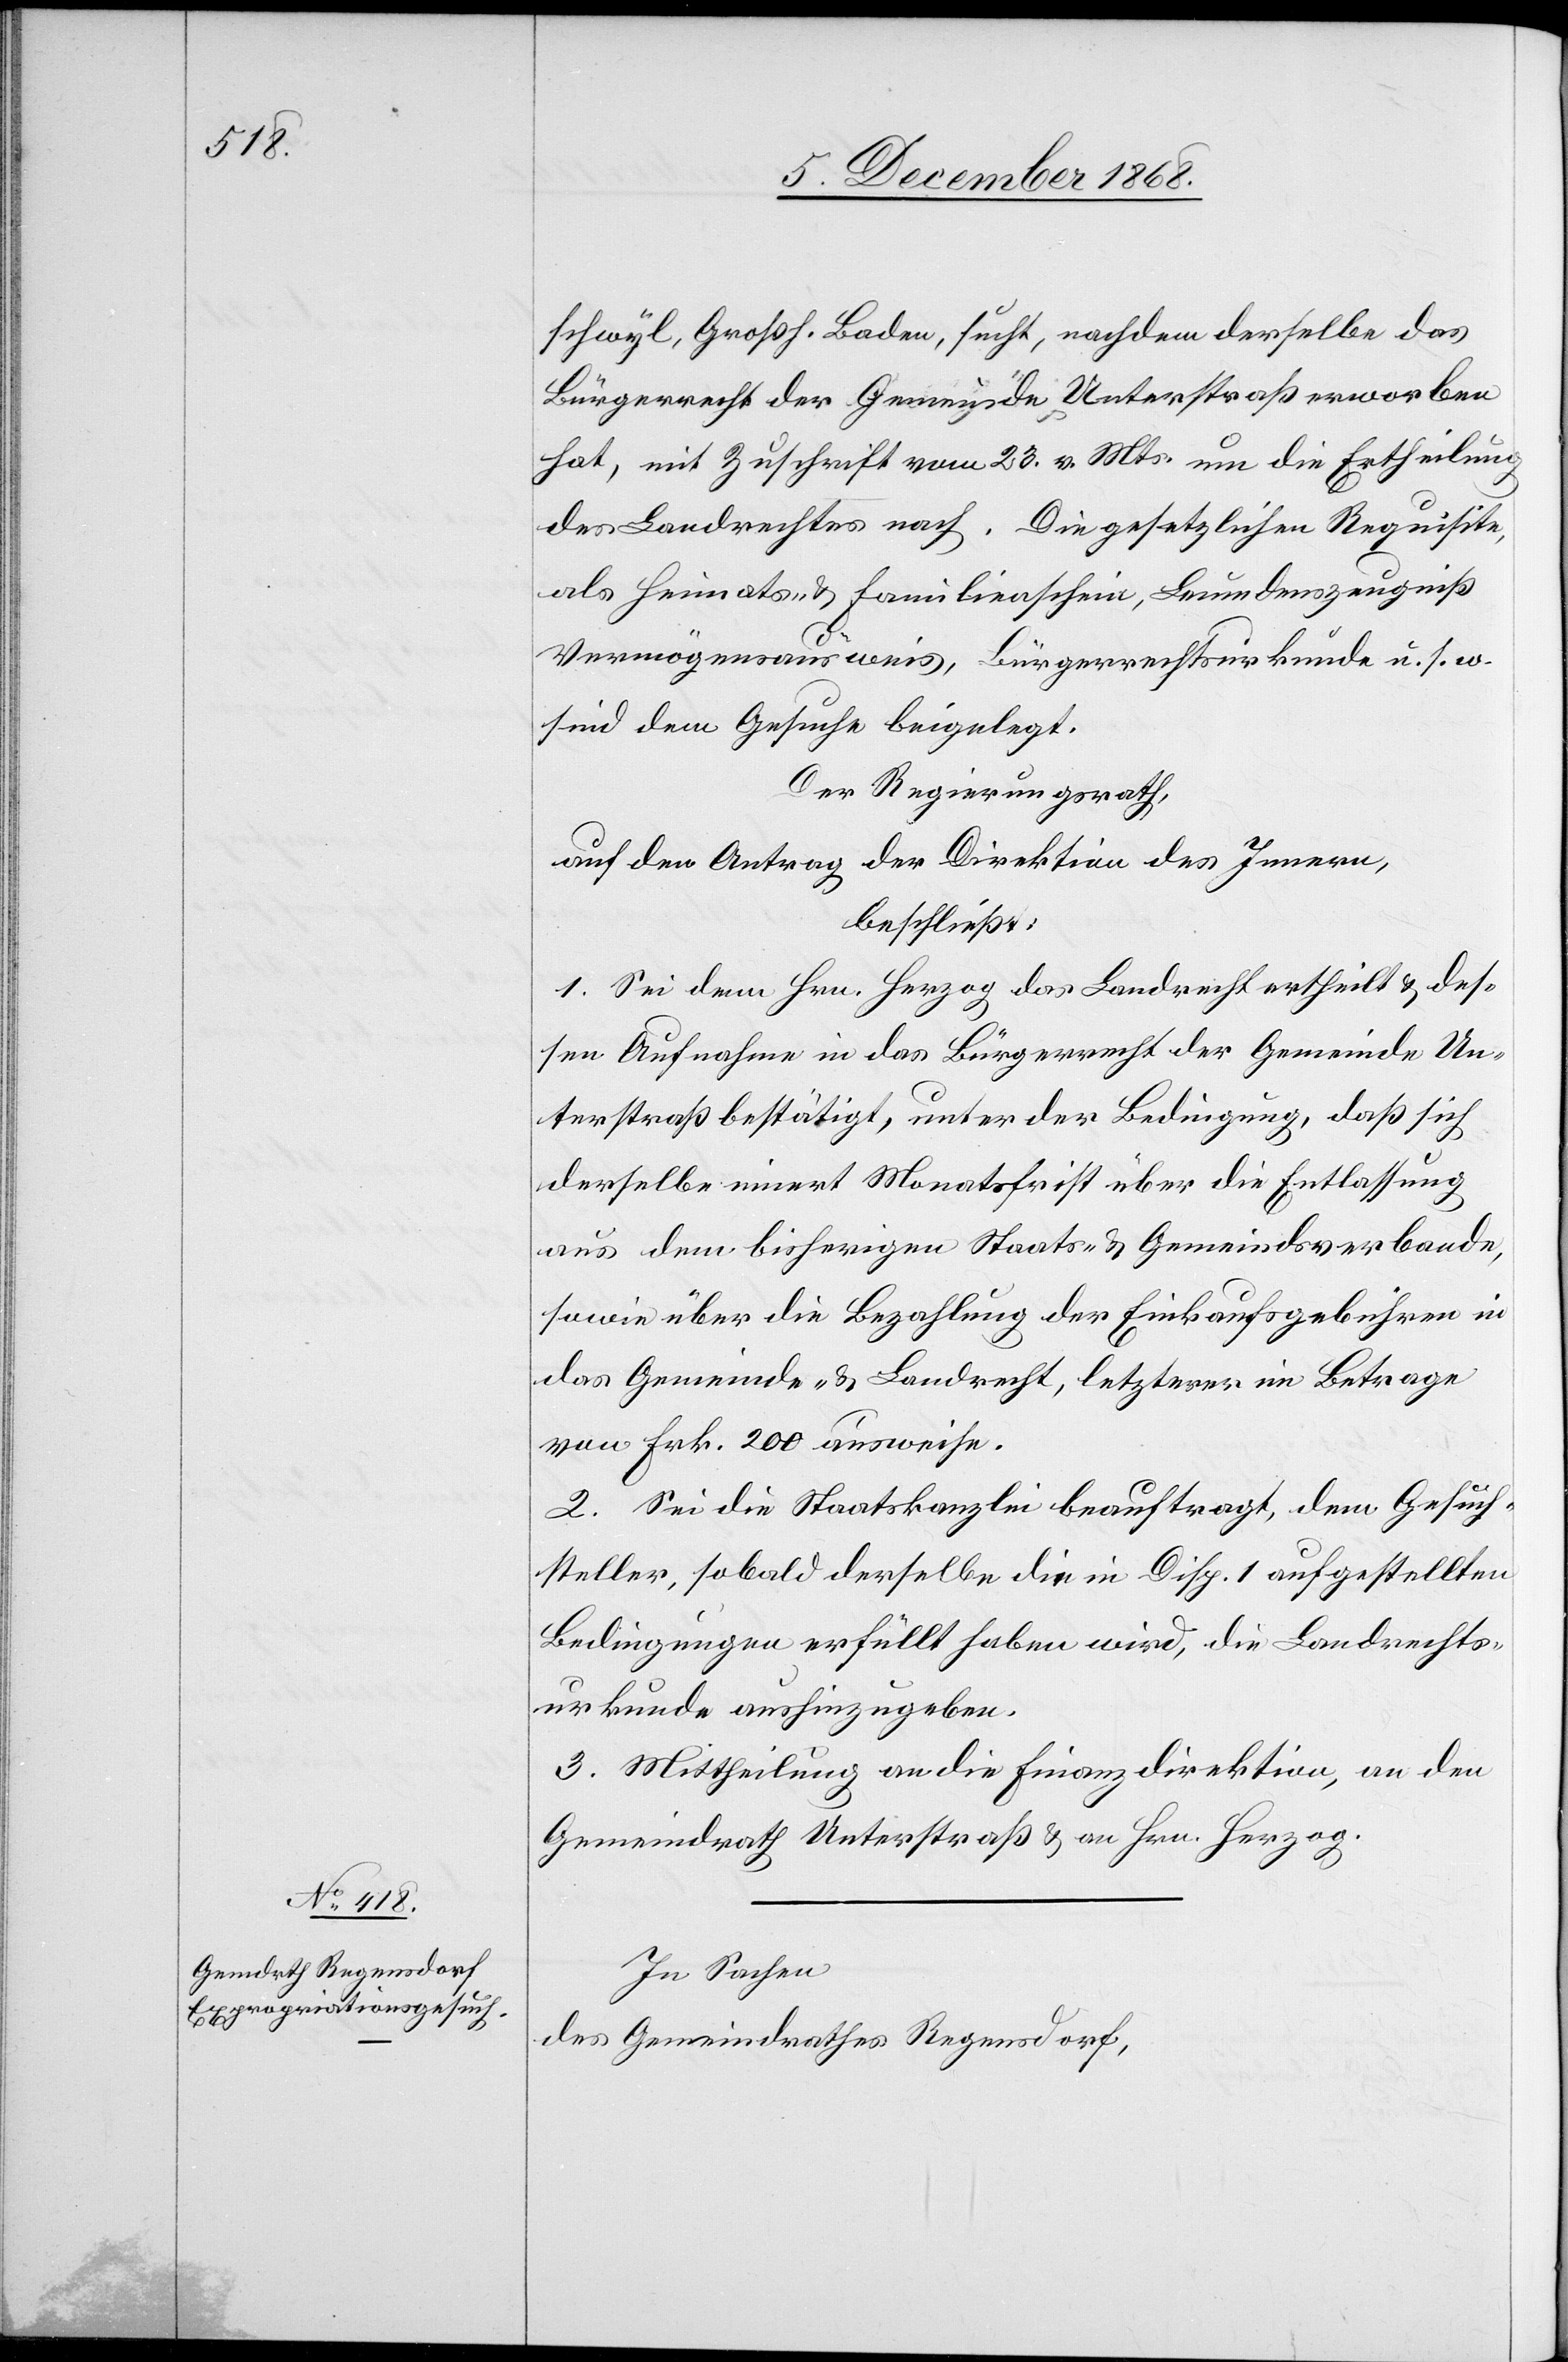
schwyl, Großh. Baden, sucht, nachdem derselbe das
Bürgerrecht der Gemeinde Unterstraß erworben
hat, mit Zuschrift vom 23. v. Mts. um die Ertheilung
des Landrechtes nach. Die gesetzlichen Requisite,
als Heimats- & Familienschein, Leumdenszeugniß[,]
Vermögensausweis, Bürgerrechtsurkunde u. s. w.
sind dem Gesuche beigelegt.
Der Regierungsrath,
auf den Antrag der Direktion des Innern,
beschließt:
1. Sei dem Hrn. Herzog das Landrecht ertheilt & des¬
sen Aufnahme in das Bürgerrecht der Gemeinde Un¬
terstraß bestätigt, unter der Bedingung, daß sich
derselbe innert Monatsfrist über die Entlassung
aus dem bisherigen Staats- & Gemeindsverbande,
sowie über die Bezahlung der Einkaufsgebühren in
das Gemeinde- & Landrecht, letzterer im Betrage
von Frk. 200 ausweise.
2. Sei die Staatskanzlei beauftragt, dem Gesuch¬
steller, sobald derselbe die in Disp. 1 aufgestellten
Bedingungen erfüllt haben wird, die Landrechts¬
urkunde aushinzugeben.
3. Mittheilung an die Finanzdirektion, an den
Gemeindrath Unterstraß & an Hrn. Herzog.
In Sachen
des Gemeindrathes Regensdorf,